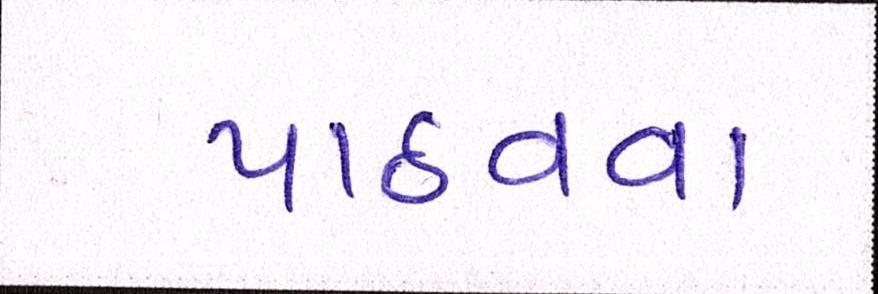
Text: પાઠવવા